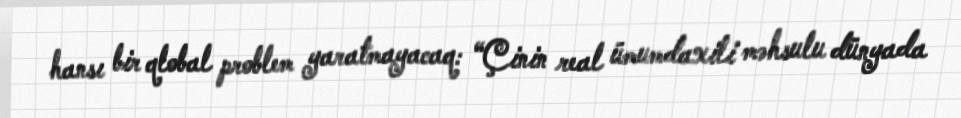
hansı bir qlobal problem yaratmayacaq: “Çinin real ümumdaxili məhsulu dünyada